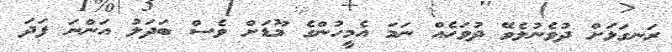
ރަނގަޅަށް ދުވެނުލެވޭ ދުވަހެއް ނަމަ އެމީހުންގެ މޫޑަށް ވެސް ބަދަލު އަންނަ ފަދަ